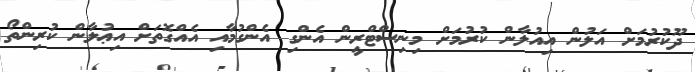
ދޫކުރުމަށް އަލުން އިއުލާން ކުރުމަށް މިނިސްޓްރީން އެންގި އެންގުމާއި އެއްގޮތަށް އިޢުލާން ކުރިންތޯ